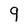
Character: 9